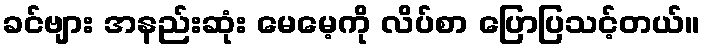
ခင်ဗျား အနည်းဆုံး မေမေ့ကို လိပ်စာ ပြောပြသင့်တယ်။